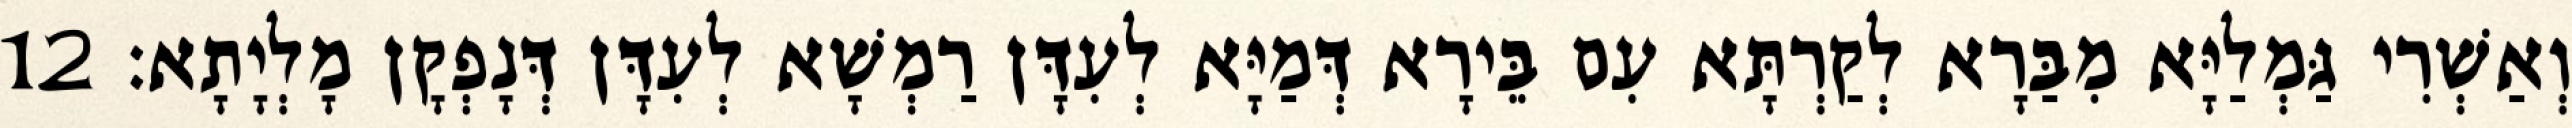
וְאַשְׁרִי גַּמְלַיָּא מִבַּרָא לְקַרְתָּא עִם בֵּירָא דְּמַיָּא לְעִדָּן רַמְשָׁא לְעִדָּן דְּנָפְקָן מָלְיָתָא׃ 12